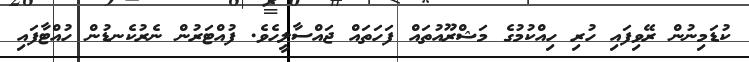
ކުޑަމިނުން ރޭވިފައި ހުރި ހިއްކުމުގެ މަޝްރޫއުތައް ފަހަތައް ޖައްސާލީހެވެ. ފުއްޓަރުން ނެރުކެނޑުން ހުއްޓާފައި